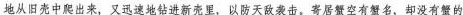
地从旧壳中爬出来，又迅速地钻进新壳里，以防天敌袭击。寄居蟹空有蟹名，却没有蟹的